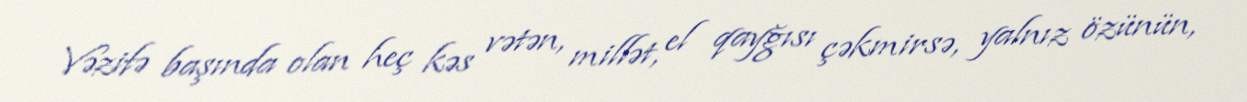
Vəzifə başında olan heç kəs vətən, millət, el qayğısı çəkmirsə, yalnız özünün,